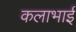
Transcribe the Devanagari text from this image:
कलाभाई